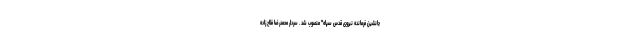
جانشین فرمانده نیروی قدس سپاه" منصوب شد . سردار محمدرضا فلاح زاده